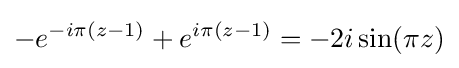
-e^{-i\pi (z-1)}+e^{i\pi (z-1)}=-2i\sin(\pi z)